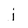
Character: j